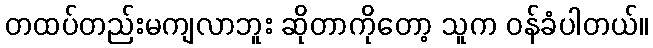
တထပ်တည်းမကျလာဘူး ဆိုတာကိုတော့ သူက ဝန်ခံပါတယ်။